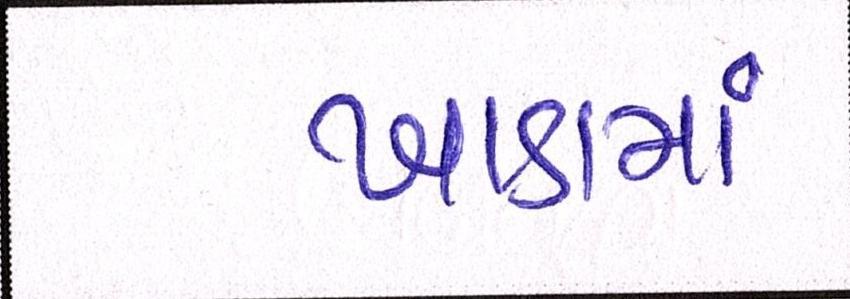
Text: ખાડામાં